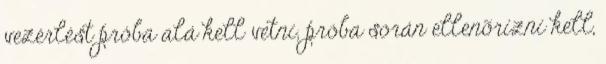
vezérlést próba alá kell vetni, próba során ellenõrizni kell,